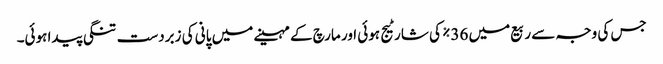
جس کی وجہ سے ربیع میں 36% کی شارٹیج ہوئی اور مارچ کے مہینے میں پانی کی زبردست تنگی پیدا ہوئی۔